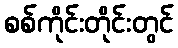
စစ်ကိုင်းတိုင်းတွင်